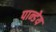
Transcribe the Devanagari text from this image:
पान्डेय